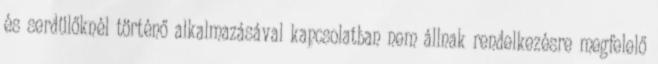
és serdülőknél történő alkalmazásával kapcsolatban nem állnak rendelkezésre megfelelő